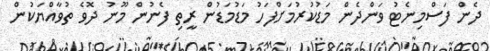
ދެން ފަސްމިނެޓު ވަންދެން މަޑުކުރުމަށްފަހު މަޑުމަޑުން ރީތި ފެނުން މޫނު ދޮވެ ތުވާއްޔަކުން